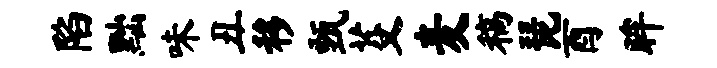
陷黜味丑移甄芟麦稿琵酉眸